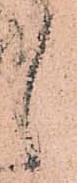
候